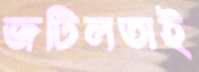
জটিলতাই